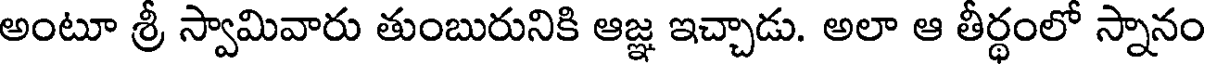
అంటూ శ్రీ స్వామివారు తుంబురునికి ఆజ్ఞ ఇచ్చాడు. అలా ఆ తీర్థంలో స్నానం